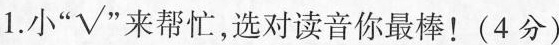
1.小“√”来帮忙，选对读音你最棒！(4分)